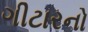
ગીટારનો